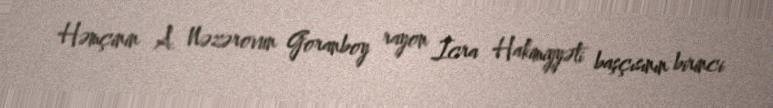
Həmçinin A. Nəzərovun Goranboy rayon İcra Hakimiyyəti başçısının birinci